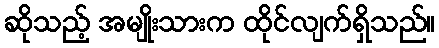
ဆိုသည့် အမျိုးသားက ထိုင်လျက်ရှိသည်။